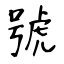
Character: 號